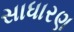
સાધારણ